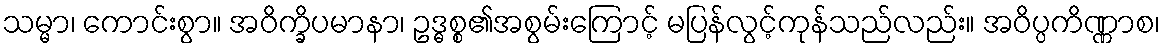
သမ္မာ၊ ကောင်းစွာ။ အဝိက္ခိပမာနာ၊ ဥဒ္ဓစ္စ၏အစွမ်းကြောင့် မပြန်လွင့်ကုန်သည်လည်း။ အဝိပ္ပကိဏ္ဏာစ၊